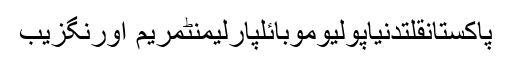
پاکستانقلتدنیاپولیوموبائلپارلیمنٹمریم اورنگزیب